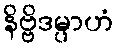
နိဗ္ဗိဒမ္ပာဟံ